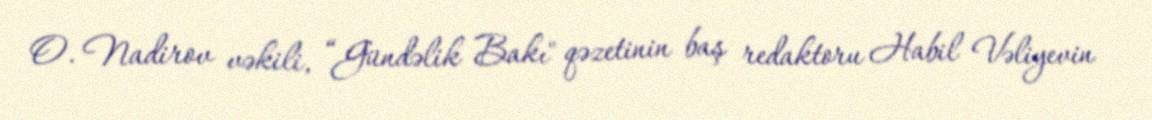
O. Nadirov vəkili, “Gündəlik Bakı" qəzetinin baş redaktoru Habil Vəliyevin